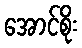
အောင်စိုး